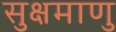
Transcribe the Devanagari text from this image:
सुक्षमाणु